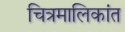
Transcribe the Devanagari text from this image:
चित्रमालिकांत